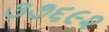
૩૭૬૯૨